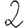
Digit: 2